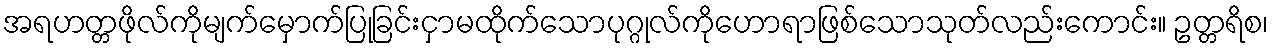
အရဟတ္တဖိုလ်ကိုမျက်မှောက်ပြုခြင်းငှာမထိုက်သောပုဂ္ဂုလ်ကိုဟောရာဖြစ်သောသုတ်လည်းကောင်း။ ဥတ္တရိစ၊